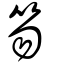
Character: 笏